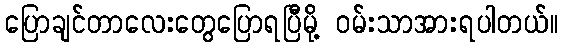
ပြောချင်တာလေးတွေပြောရပြီမို့ ဝမ်းသာအားရပါတယ်။